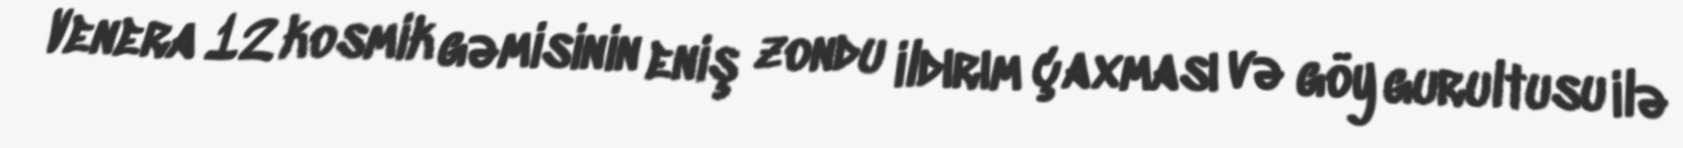
Venera 12 kosmik gəmisinin eniş zondu ildırım çaxması və göy gurultusu ilə